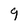
Character: 9